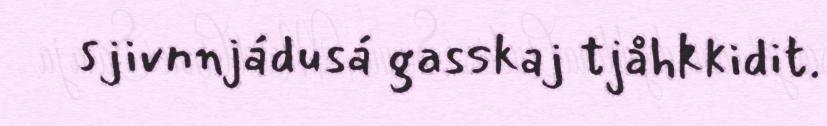
sjivnnjádusá gasskaj tjåhkkidit.